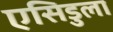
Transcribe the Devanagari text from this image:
एसिडुला